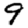
Digit: 9